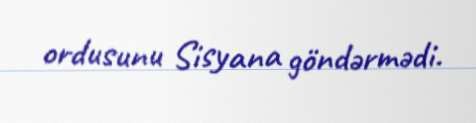
ordusunu Sisyana göndərmədi.